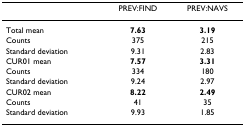
<table><thead><tr><td>[EMPTY_CELL]</td><td><b>PREV:FIND</b></td><td><b>PREV:NAVS</b></td></tr></thead><tbody><tr><td>Total mean</td><td><b>7.63</b></td><td><b>3.19</b></td></tr><tr><td>Counts</td><td>375</td><td>215</td></tr><tr><td>Standard deviation</td><td>9.31</td><td>2.83</td></tr><tr><td>CUR01 mean</td><td><b>7.57</b></td><td><b>3.31</b></td></tr><tr><td>Counts</td><td>334</td><td>180</td></tr><tr><td>Standard deviation</td><td>9.24</td><td>2.97</td></tr><tr><td>CUR02 mean</td><td><b>8.22</b></td><td><b>2.49</b></td></tr><tr><td>Counts</td><td>41</td><td>35</td></tr><tr><td>Standard deviation</td><td>9.93</td><td>1.85</td></tr></tbody></table>